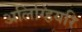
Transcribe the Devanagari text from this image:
अलिग्हियरि